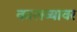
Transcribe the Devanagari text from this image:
कालव्यावर